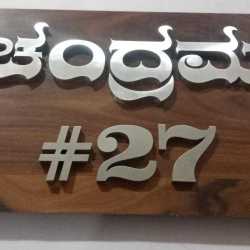
Language: kannada
Transcription: ಚಂದ್ರಮ